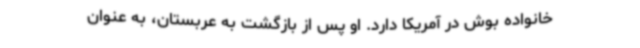
خانواده بوش در آمریکا دارد. او پس از بازگشت به عربستان، به عنوان